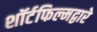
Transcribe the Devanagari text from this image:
शॉर्टफिल्मद्वारे